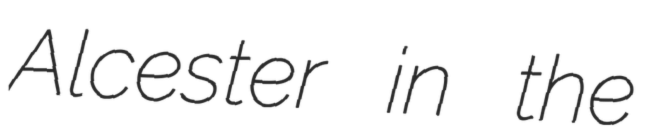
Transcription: Alcester in the